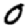
Digit: 0